Source: Handwritten
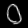
Digit: ၀ (0)